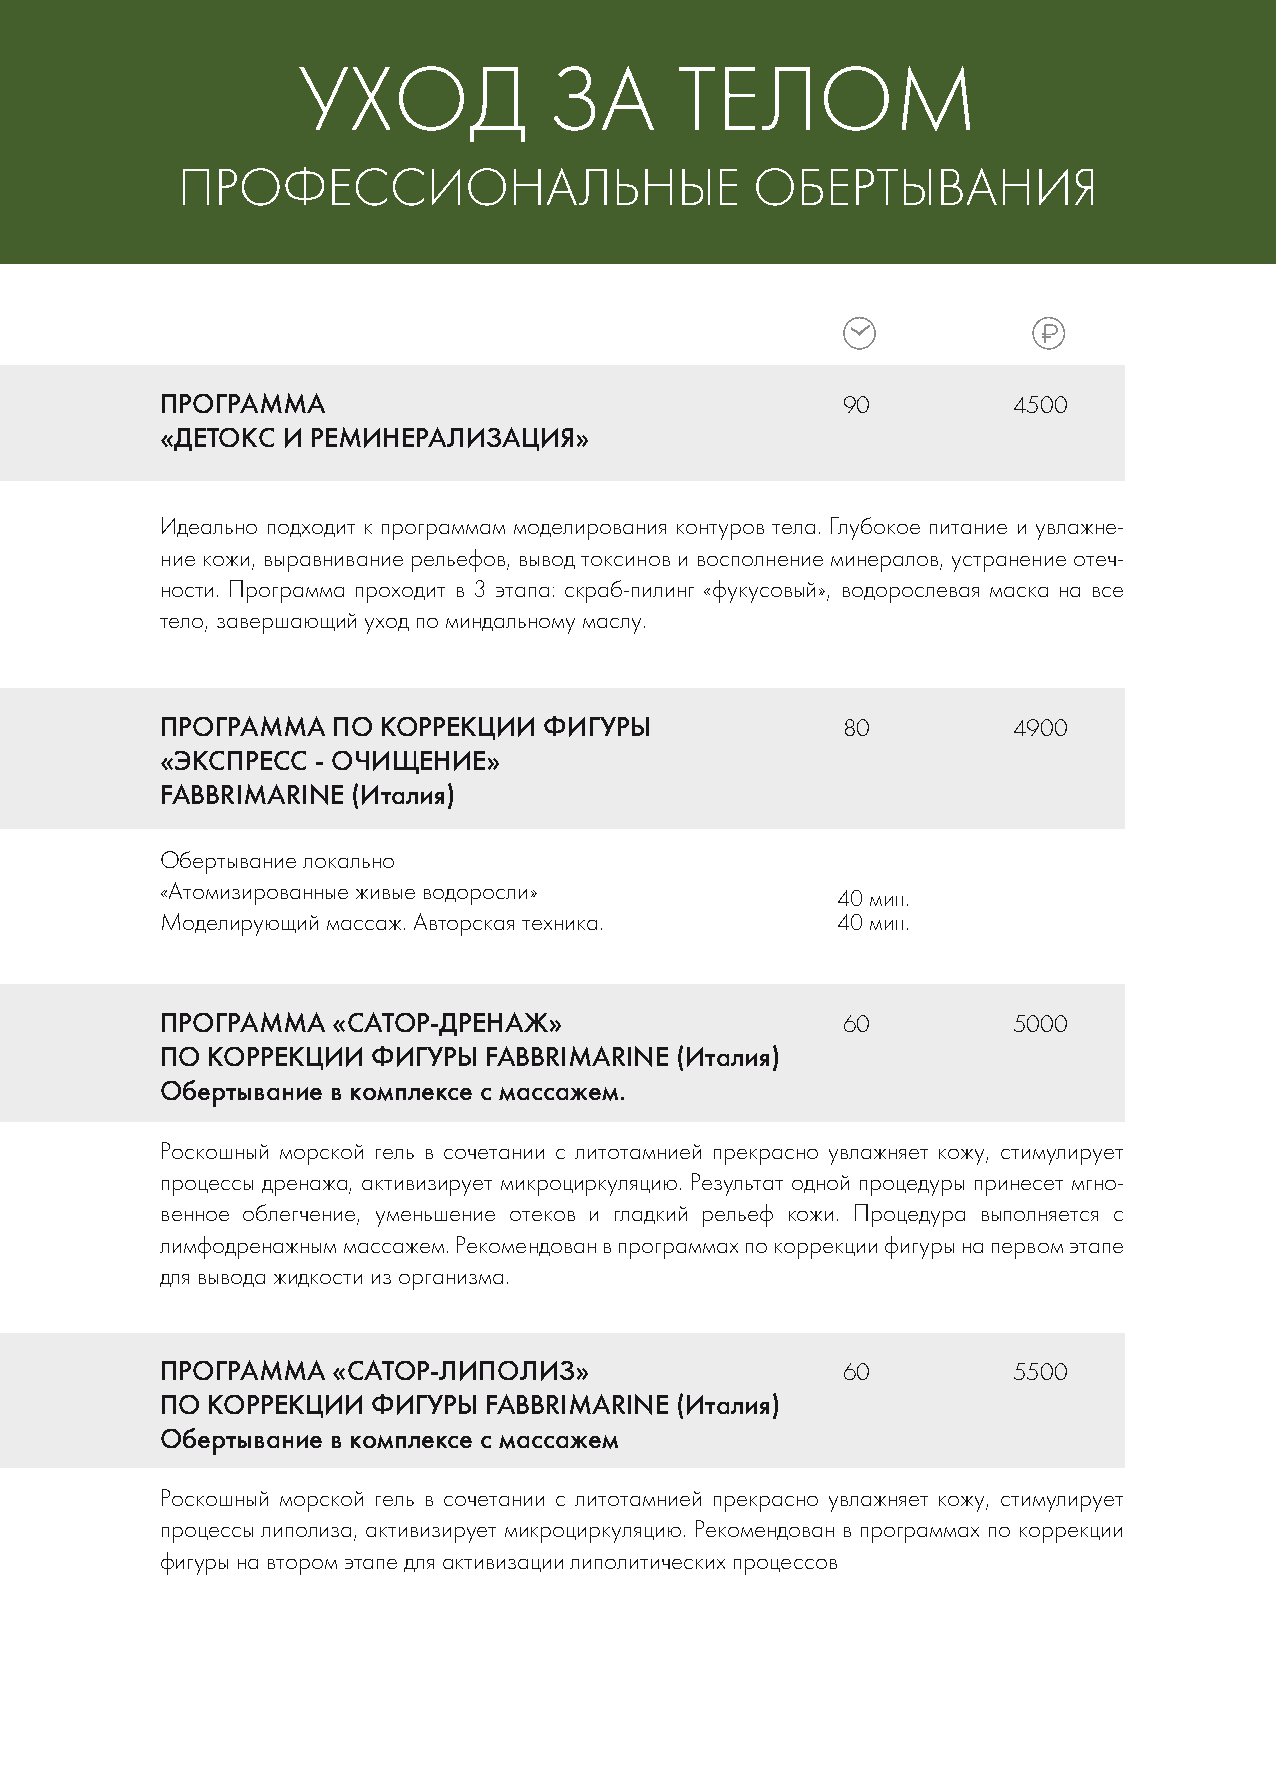
УХОД            ЗА       ТЕЛОМ
 ПРОФЕССИОНАЛЬНЫЕ                      ОБЕРТЫВАНИЯ
 ПРОГРАММА                                    90         4500
 «ДЕТОКС И РЕМИНЕРАЛИЗАЦИЯ»
 Идеально подходит к программам моделирования контуров тела. Глубокое питание и увлажне-
 ние кожи, выравнивание рельефов, вывод токсинов и восполнение минералов, устранение отеч-
 ности. Программа проходит в 3 этапа: скраб-пилинг «фукусовый», водорослевая маска на все
 тело, завершающий уход по миндальному маслу.
 ПРОГРАММА  ПО КОРРЕКЦИИ  ФИГУРЫ              80         4900
 «ЭКСПРЕСС - ОЧИЩЕНИЕ»
 FABBRIMARINE (Италия)
 Обертывание локально
 «Атомизированные живые водоросли»
 40 мин.
 Моделирующий массаж. Авторская техника.     40 мин.
 ПРОГРАММА  «САТОР-ДРЕНАЖ»                    60         5000
 ПО КОРРЕКЦИИ  ФИГУРЫ FABBRIMARINE (Италия)
 Обертывание в комплексе с массажем.
 Роскошный морской гель в сочетании с литотамнией прекрасно увлажняет кожу, стимулирует
 процессы дренажа, активизирует микроциркуляцию. Результат одной процедуры принесет мгно-
 венное облегчение, уменьшение отеков и гладкий рельеф кожи. Процедура выполняется с
 лимфодренажным массажем. Рекомендован в программах по коррекции фигуры на первом этапе
 для вывода жидкости из организма.
 ПРОГРАММА  «САТОР-ЛИПОЛИЗ»                   60         5500
 ПО КОРРЕКЦИИ  ФИГУРЫ FABBRIMARINE (Италия)
 Обертывание в комплексе с массажем
 Роскошный морской гель в сочетании с литотамнией прекрасно увлажняет кожу, стимулирует
 процессы липолиза, активизирует микроциркуляцию. Рекомендован в программах по коррекции
 фигуры на втором этапе для активизации липолитических процессов